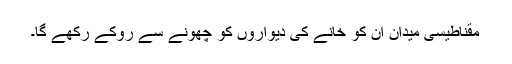
مقناطیسی میدان ان کو خانے کی دیواروں کو چھونے سے روکے رکھے گا۔